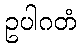
ဥပါဂတံ